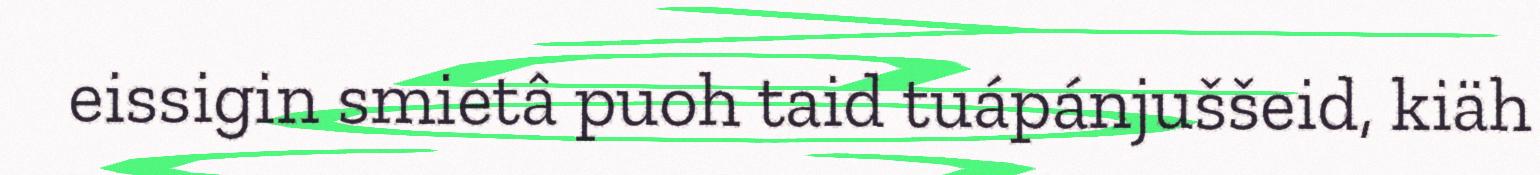
eissigin smietâ puoh taid tuápánjuššeid, kiäh